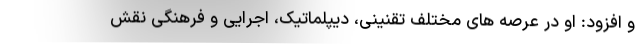
و افزود: او در عرصه های مختلف تقنینی، دیپلماتیک، اجرایی و فرهنگی نقش